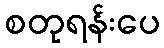
စတုရန်းပေ